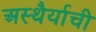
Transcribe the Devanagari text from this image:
अस्थैर्याची